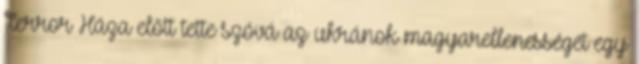
Terror Háza előtt tette szóvá az ukránok magyarellenességét egy